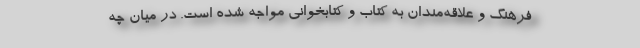
فرهنگ و علاقه‌مندان به کتاب و کتابخوانی مواجه شده است. در میان چه